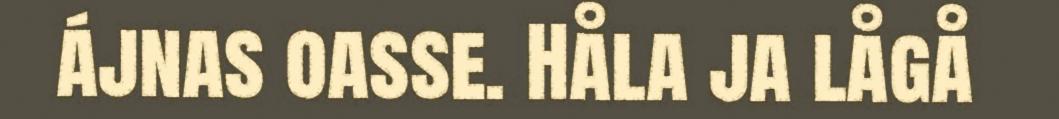
ájnas oasse. Håla ja lågå